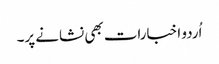
اُردو اخبارات بھی نشانے پر۔